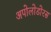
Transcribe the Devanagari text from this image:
अपोलोडोरस